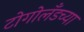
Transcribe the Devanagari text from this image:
टोगोलँडच्या